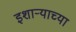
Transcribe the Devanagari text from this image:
इशाऱ्याच्या